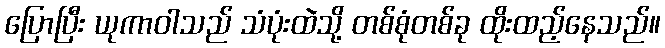
ပြောပြီး ယုကာဝါသည် သံပုံးထဲသို့ တစ်စုံတစ်ခု ထိုးထည့်နေသည်။